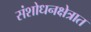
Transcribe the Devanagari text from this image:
संशोधनक्षेत्रात